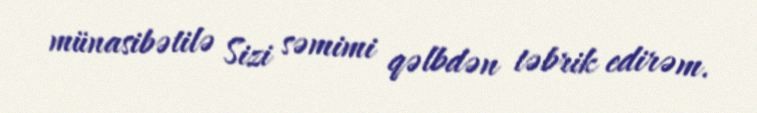
münasibətilə Sizi səmimi qəlbdən təbrik edirəm.